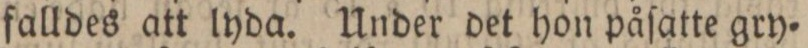
falldes att lyda. Under det hon påſatte gry=